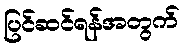
ပြင်ဆင်ရန်အတွက်